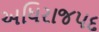
અધિરાજપદ